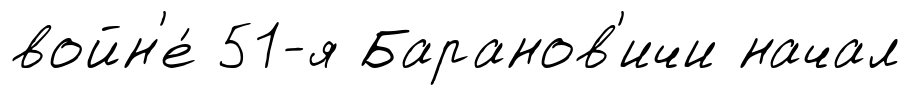
войн'е́ 51-я Баранов'ичи начал